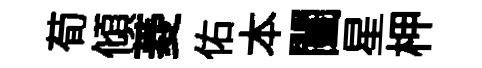
荀傾菱佑本闔星柙